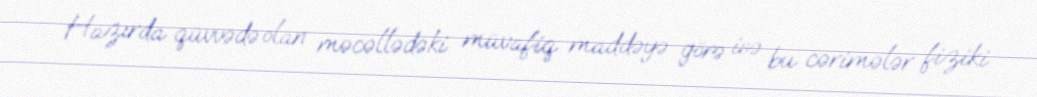
Hazırda qüvvədə olan məcəllədəki müvafiq maddəyə görə isə bu cərimələr fiziki